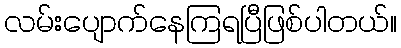
လမ်းပျောက်နေကြရပြီဖြစ်ပါတယ်။